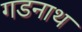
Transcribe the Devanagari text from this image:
गडनाथ